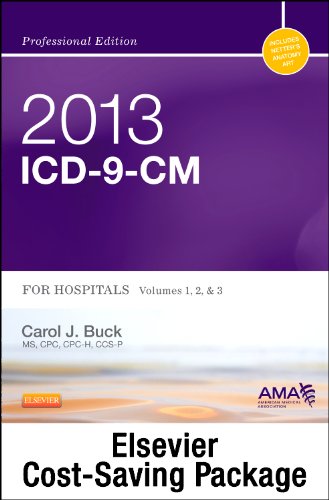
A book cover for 2013 ICD-9-CM for Hospitals, Volumes 1, 2, and 3 Professional Edition (Spiral bound), 2013 HCPCS Level II Professional Edition and 2013 CPT Professional Edition Package, 1e; Carol J. Buck MS  CPC  CCS-P; Medical Books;